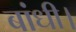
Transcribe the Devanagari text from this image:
बांधी।